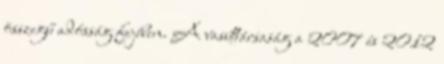
összegű adósság fejében. A vasúttársaság a 2007 és 2012